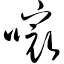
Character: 嘬